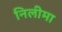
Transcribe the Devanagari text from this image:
निलीमा